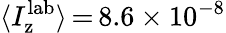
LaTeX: \langle I_{\mathrm{z}}^{\mathrm{lab}}\rangle\, {=}\, 8.6\times 10^{-8}